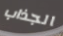
الجذاب